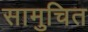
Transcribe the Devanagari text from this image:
सामुचित